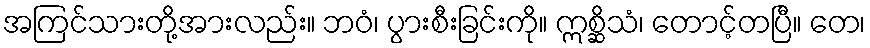
အကြင်သားတို့အားလည်း။ ဘဝံ၊ ပွားစီးခြင်းကို။ ဣစ္ဆိသံ၊ တောင့်တပြီ။ တေ၊